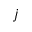
j